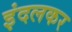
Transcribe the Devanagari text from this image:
इंदलकर